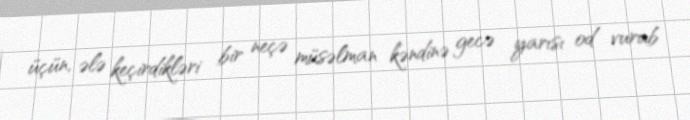
üçün, ələ keçirdikləri bir neçə müsəlman kəndinə gecə yarısı od vurub